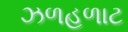
ઝળહળાટ